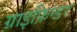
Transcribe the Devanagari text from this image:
ग्राइफ़िन्डर